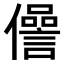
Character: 𠐨